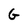
Character: G